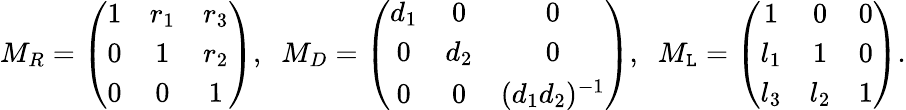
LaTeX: M_{R}=\left(\begin{array}{ccc}{{1}}&{{r_{1}}}&{{r_{3}}}\\ {{0}}&{{1}}&{{r_{2}}}\\ {{0}}&{{0}}&{{1}}\end{array}\right),\; \; M_{D}=\left(\begin{array}{ccc}{{d_{1}}}&{{0}}&{{0}}\\ {{0}}&{{d_{2}}}&{{0}}\\ {{0}}&{{0}}&{{(d_{1}d_{2})^{-1}}}\end{array}\right),\; \; M_{\mathtt{L}}=\left(\begin{array}{ccc}{{1}}&{{0}}&{{0}}\\ {{l_{1}}}&{{1}}&{{0}}\\ {{l_{3}}}&{{l_{2}}}&{{1}}\end{array}\right).